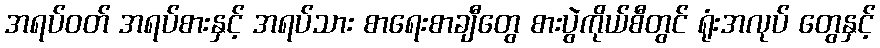
အရပ်ဝတ် အရပ်စားနှင့် အရပ်သား စာရေးစာချီတွေ စားပွဲကိုယ်စီတွင် ရုံးအလုပ် တွေနှင့်